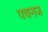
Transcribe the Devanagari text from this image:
पचनज